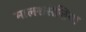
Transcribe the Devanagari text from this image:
मालशसेज़िया